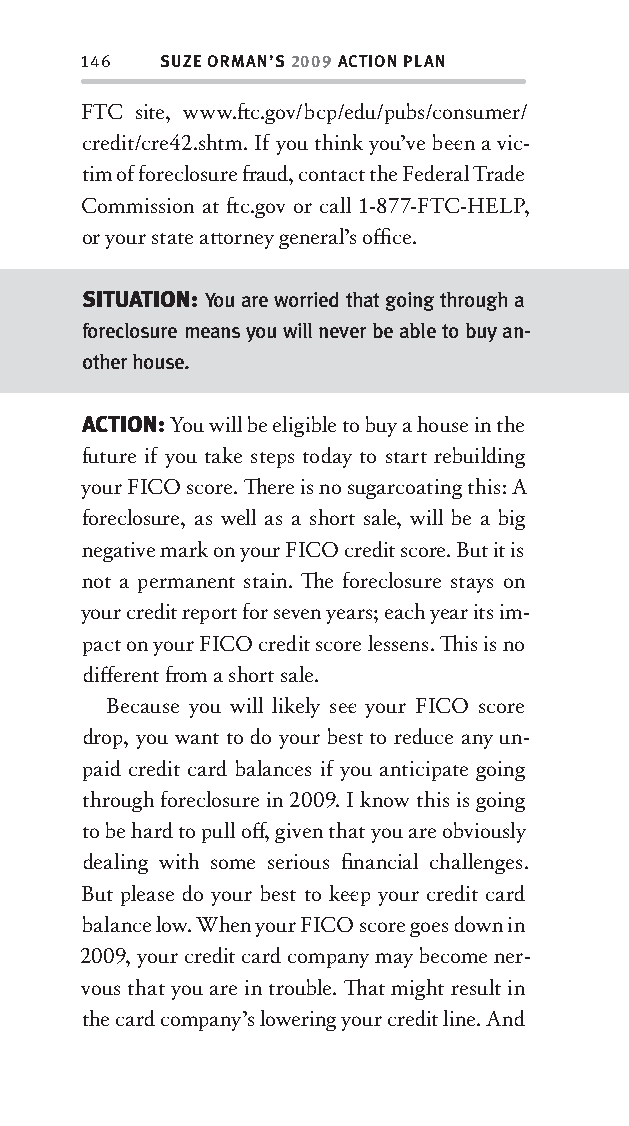
146  SUZE ORMAN’S 2009 ACTION PLAN
 FTC site, www.ft c.gov/bcp/edu/pubs/consumer/
 credit/cre42.shtm. If you think you’ve bee n a vic-
 tim of foreclosure fr aud, contact the Federal Trade
 Commission at ft c.gov or call 1-877-FTC-HELP,
 or your state att orney general’s offi ce.
 SITUATION: You are worried that going through a
 foreclosure means you will never be able to buy an-
 other house.
 ACTION: You will be eligible to buy a house in the
 future if you take steps today to start rebuilding
 your FICO score. Th ere is no sugarcoating this: A
 foreclosure, as well as a short sale, will be a big
 negative mark on your FICO credit score. But it is
 not a permanent stain. Th e foreclosure stays on
 your credit report for seven years; each year its im-
 pact on your FICO credit score lessens. Th is is no
 diff erent fr om a short sale.
 Because you will likely see your FICO score
 drop, you want to do your best to reduce any un-
 paid credit card balances if you anticipate going
 through foreclosure in 2009. I know this is going
 to be hard to pull off , given that you are obviously
 dealing with some serious fi nancial challenges.
 But please do your best to kee p your credit card
 balance low. When your FICO score goes down in
 2009, your credit card company may become ner-
 vous that you are in trouble. Th at might result in
 the card company’s lowering your credit line. And
 OOrrmmaa__99778800338855553300993344__44pp__aallll__rr11..iinndddd 114466 1122//33//0088 99::3311::2299 AAMM